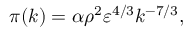
\pi ( k ) = \alpha \rho ^ { 2 } \varepsilon ^ { 4 / 3 } k ^ { - 7 / 3 } ,